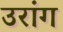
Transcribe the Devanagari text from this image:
उरांग